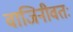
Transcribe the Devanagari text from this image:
वाजिनीवतः